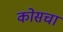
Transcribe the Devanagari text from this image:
कोसचा